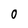
Character: 0